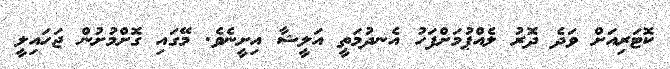
ކޮޓަރިއަށް ވަދެ ދޮރު ލެއްޕުމަށްފަހު އެނދުމަތީ އަލީޝާ އިށީނެވެ. މޭގައި ގޮށްމުށުން ޖަހައިލީ